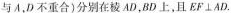
与A，D不重合)分别在棱AD，BD上，且EF \bot AD.